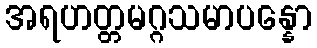
အရဟတ္တမဂ္ဂသမာပန္နော